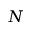
N